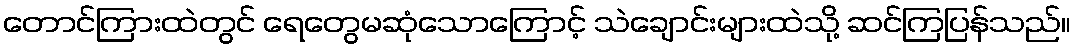
တောင်ကြားထဲတွင် ရေတွေမဆုံသောကြောင့် သဲချောင်းများထဲသို့ ဆင်ကြပြန်သည်။